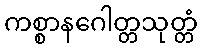
ကစ္စာနဂေါတ္တသုတ္တံ